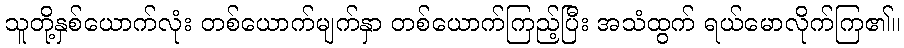
သူတို့နှစ်ယောက်လုံး တစ်ယောက်မျက်နှာ တစ်ယောက်ကြည့်ပြီး အသံထွက် ရယ်မောလိုက်ကြ၏။